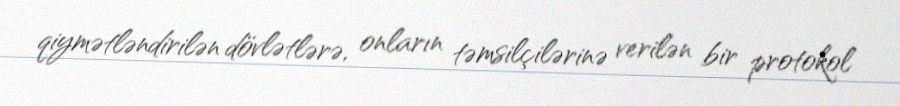
qiymətləndirilən dövlətlərə, onların təmsilçilərinə verilən bir protokol